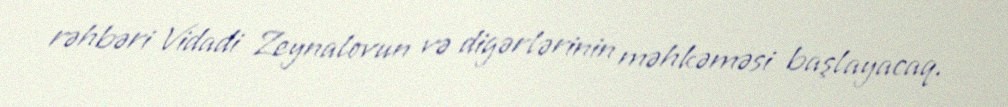
rəhbəri Vidadi Zeynalovun və digərlərinin məhkəməsi başlayacaq.